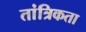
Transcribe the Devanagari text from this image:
तांत्रिकता